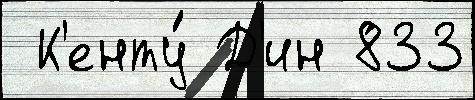
 К'енту́ Д'ин 833